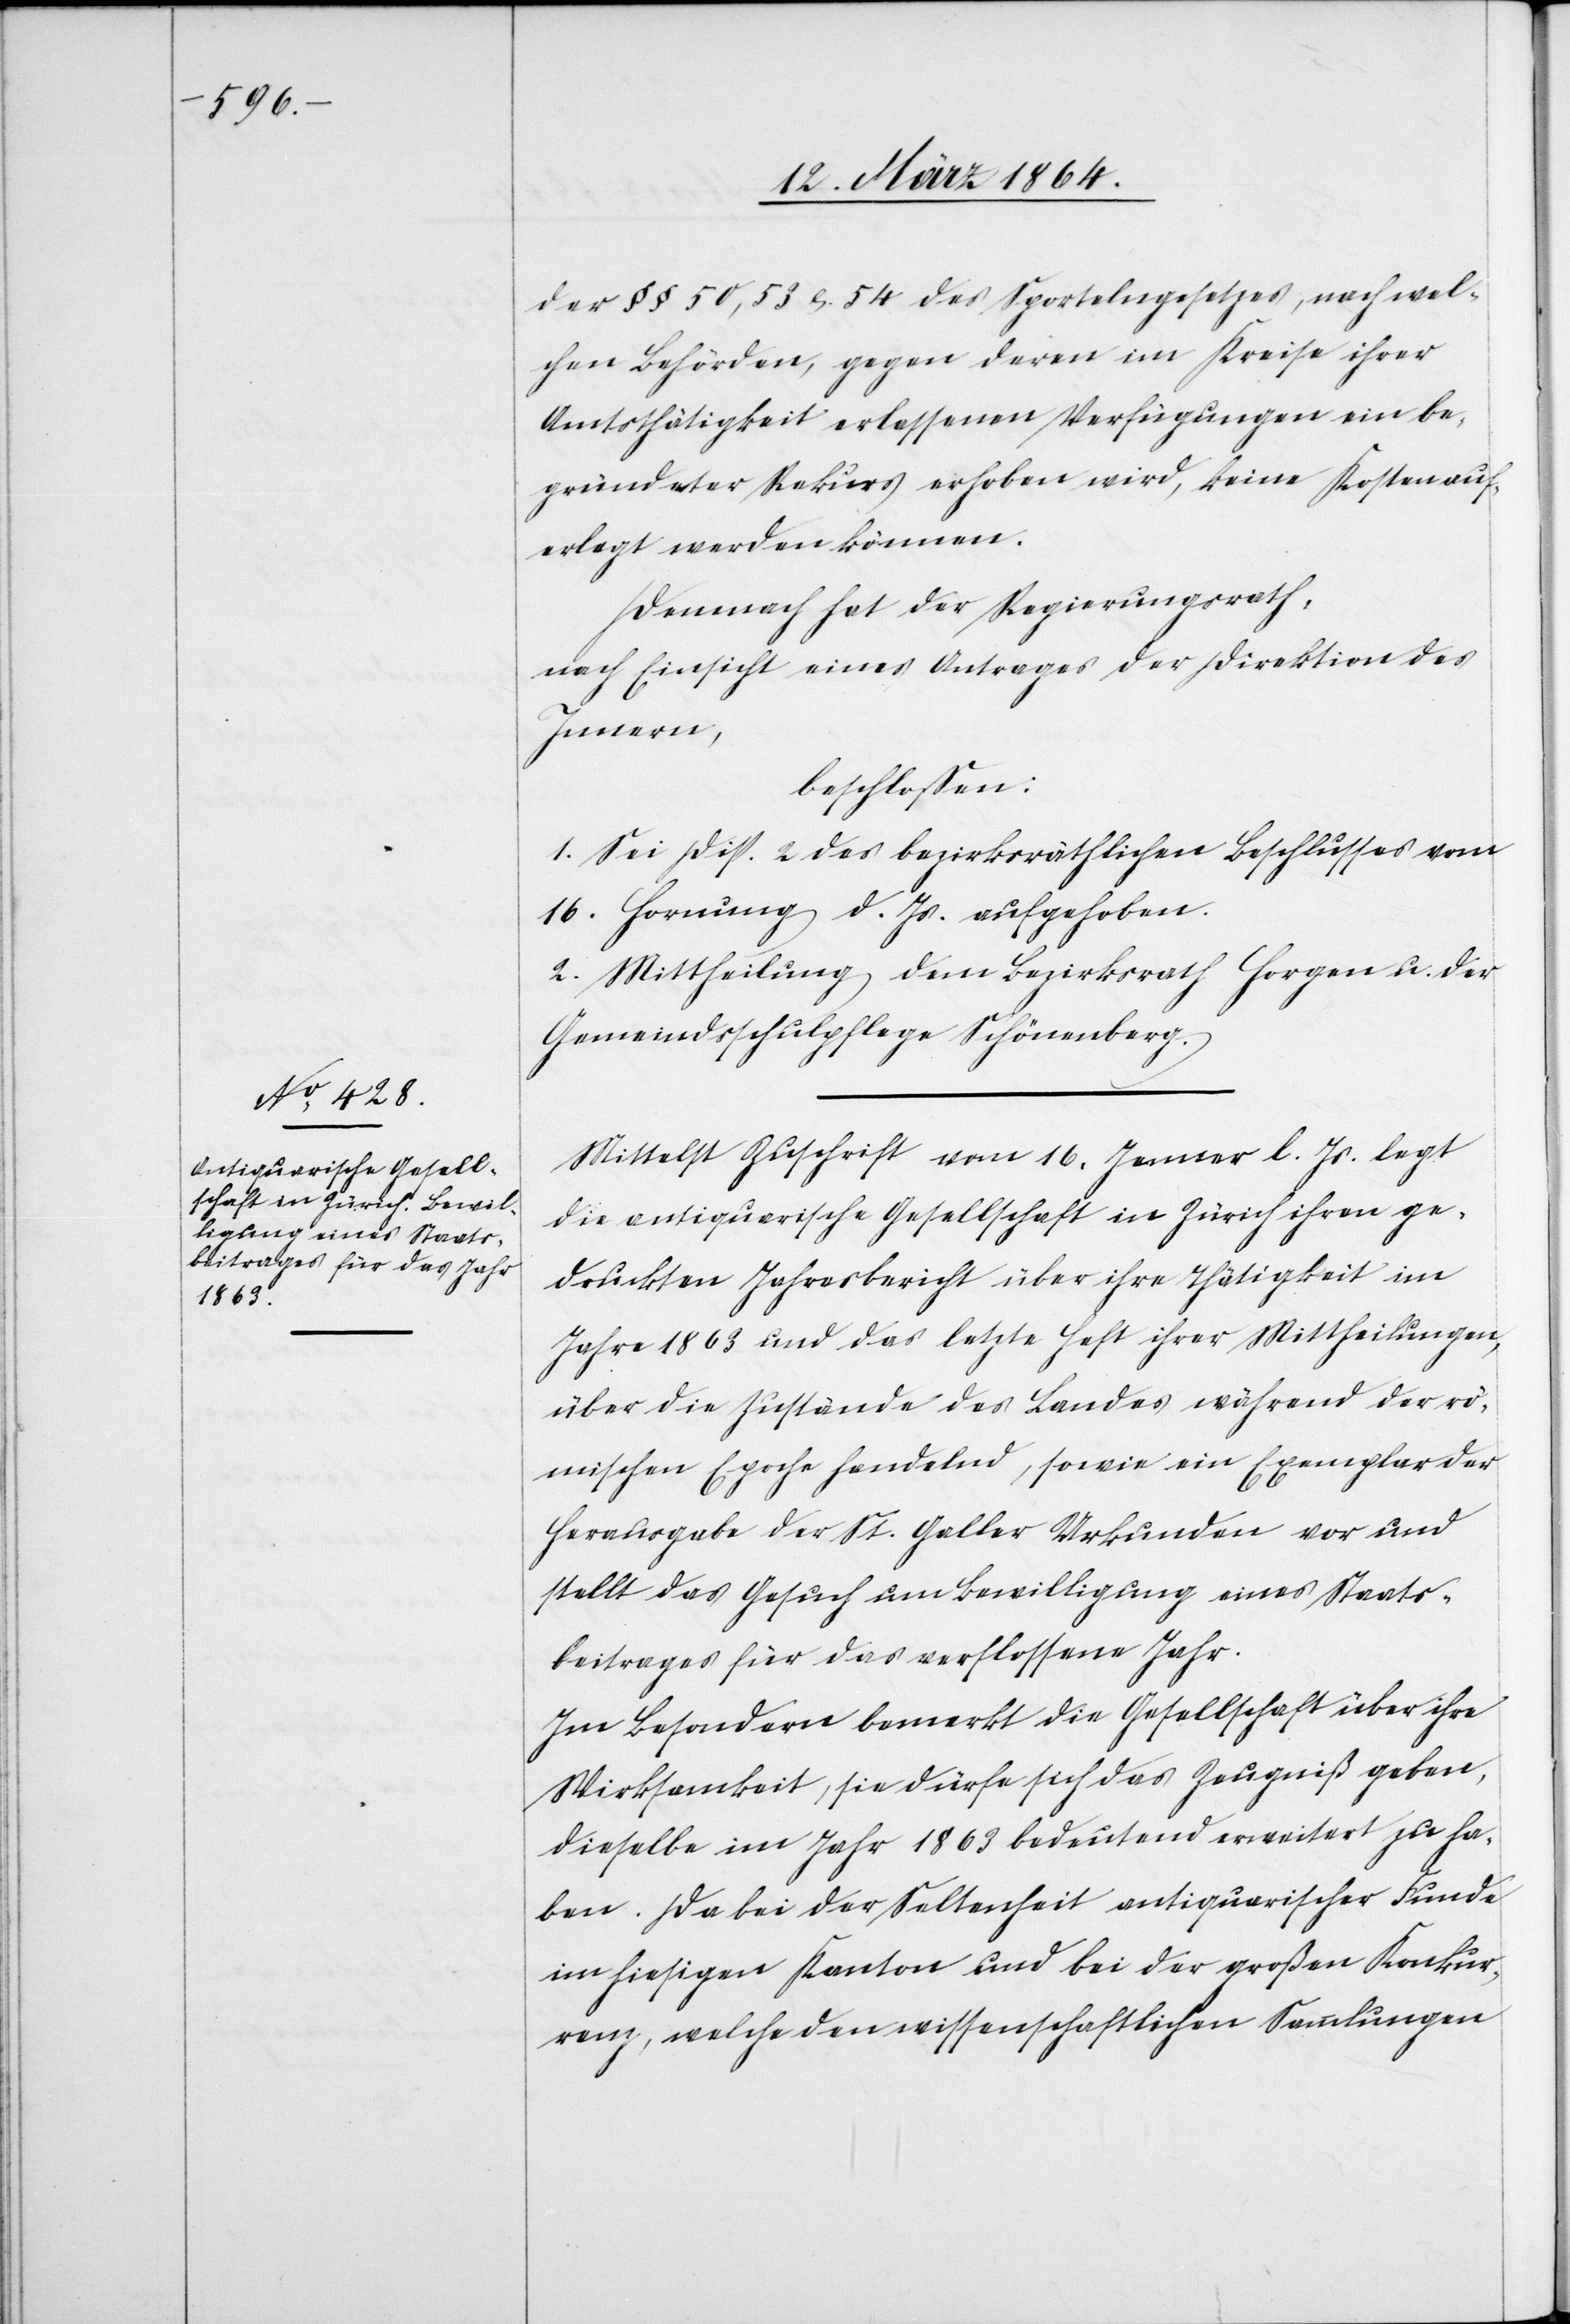
der §§ 50, 53, &. 54 des Sportelngesetzes, nach wel¬
chen Behörden, gegen deren im Kreise ihrer
Amtsthätigkeit erlassenen Verfügungen ein be¬
gründeter Rekurs erhoben wird, keine Kosten auf¬
erlegt werden können.
Demnach hat der Regierungsrath,
nach Einsicht eines Antrages der Direktion des
Innern,
beschlossen:
1. Sei Disp. 2 des bezirksräthlichen Beschlusses vom
16. Hornung d. Js. aufgehoben.
2. Mittheilung dem Bezirksrath Horgen u. der
Gemeindsschulpflege Schönenberg.
Mittelst Zuschrift vom 16. Jenner l. Js. legt
die antiquarische Gesellschaft in Zürich ihren ge¬
druckten Jahresbericht über ihre Thätigkeit im
Jahre 1863 und das letzte Heft ihrer Mittheilungen,
über die Zustände des Landes während der rö¬
mischen Epoche handelnd, sowie ein Exemplar der
Herausgabe der St. Galler Urkunden vor und
stellt das Gesuch um Bewilligung eines Staats¬
beitrages für das verflossene Jahr.
Im Besondern bemerkt die Gesellschaft über ihre
Wirksamkeit, sie dürfe sich das Zeugniß geben,
dieselbe im Jahr 1863 bedeutend erweitert zu ha¬
ben. Da bei der Seltenheit antiquarischer Funde
im hiesigen Kanton und bei der großen Konkur¬
renz, welche den wissenschaftlichen Sendungen